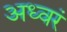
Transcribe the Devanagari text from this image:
अध्वरं